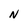
Character: N